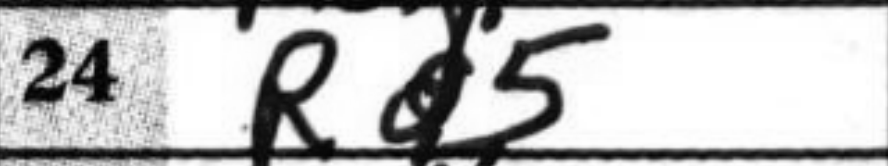
Transcription: Rd5